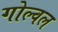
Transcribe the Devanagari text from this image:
गोल्वल